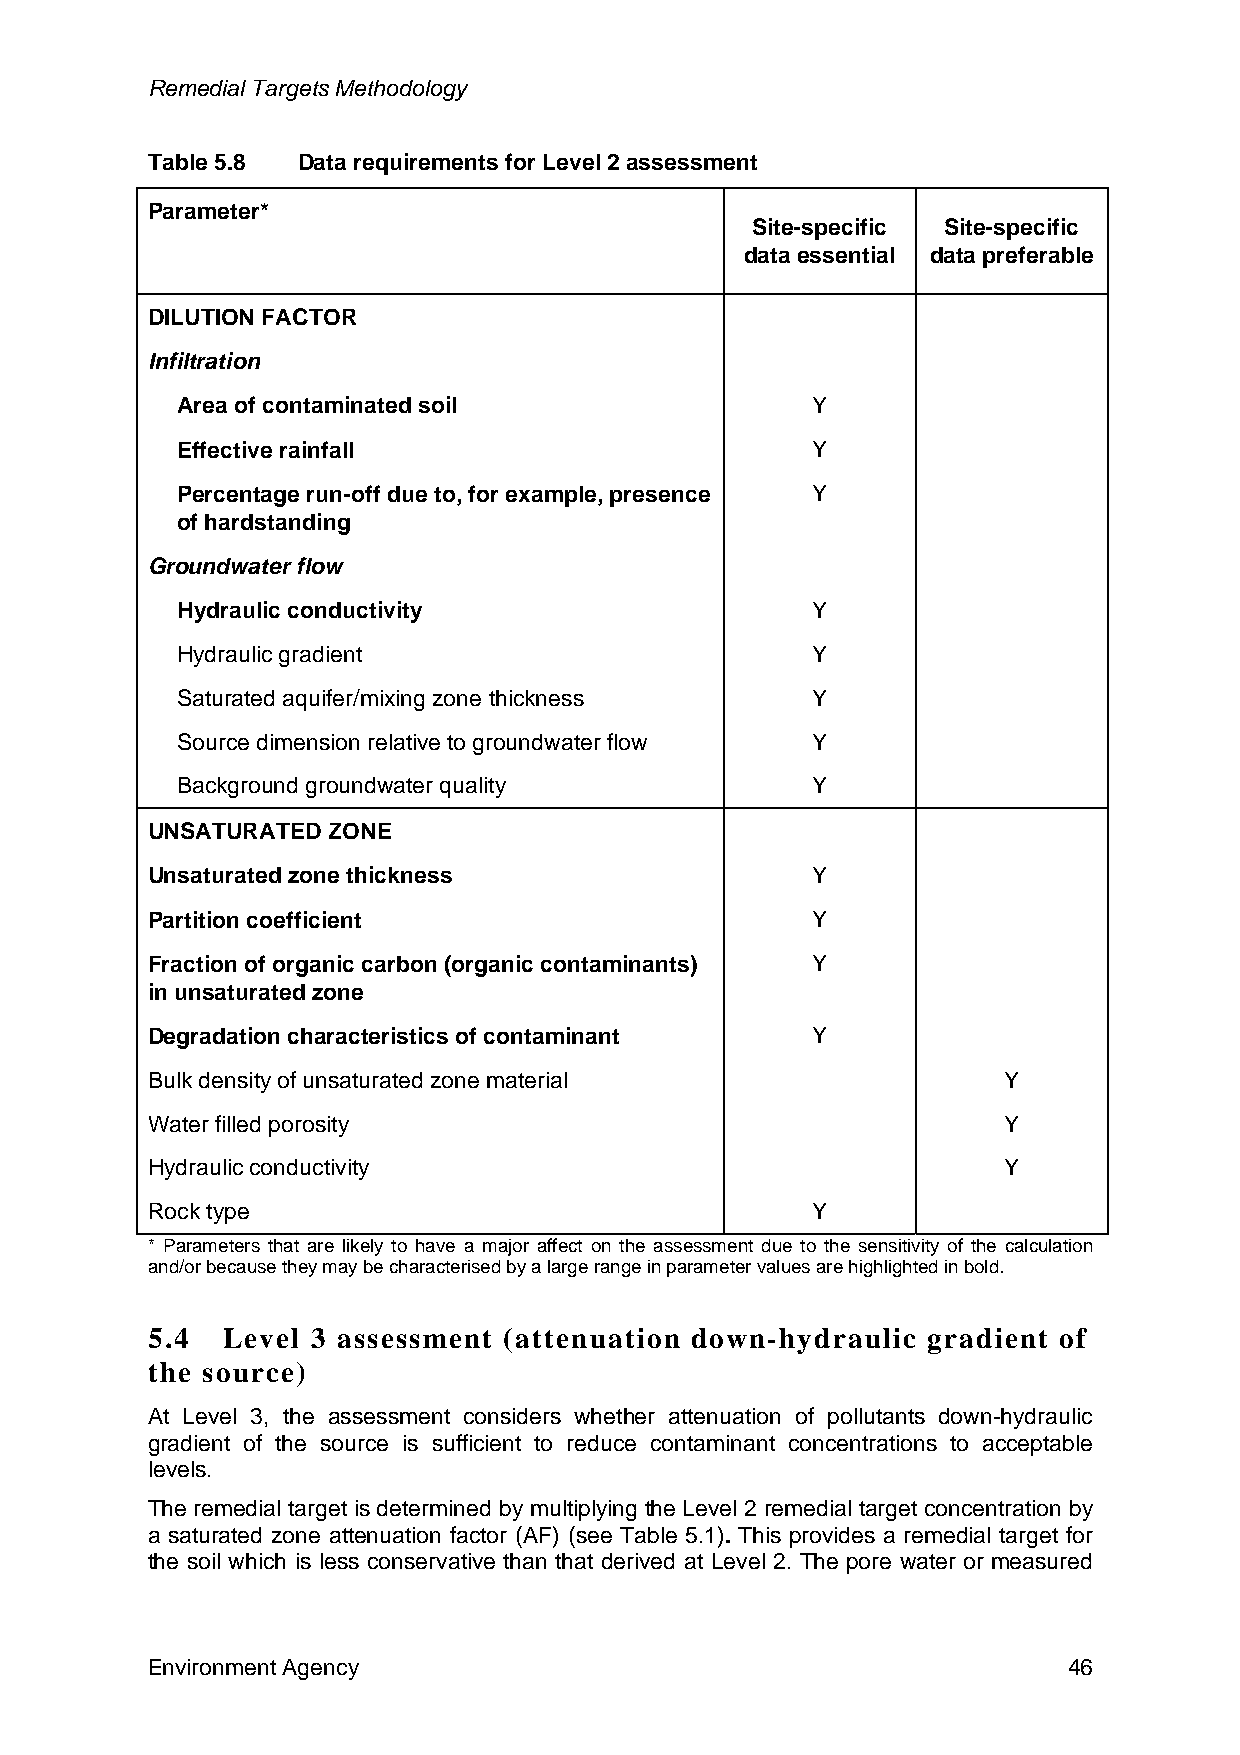
Remedial Targets Methodology
 Table 5.8 Data requirements for Level 2 assessment
 Parameter*
 Site-specific Site-specific
 data essential data preferable
 DILUTION FACTOR
 Infiltration
 Area of contaminated soil                 Y
 Effective rainfall                        Y
 Percentage run-off due to, for example, presence Y
 of hardstanding
 Groundwater flow
 Hydraulic conductivity                    Y
 Hydraulic gradient                        Y
 Saturated aquifer/mixing zone thickness   Y
 Source dimension relative to groundwater flow Y
 Background groundwater quality            Y
 UNSATURATED ZONE
 Unsaturated zone thickness                  Y
 Partition coefficient                       Y
 Fraction of organic carbon (organic contaminants) Y
 in unsaturated zone
 Degradation characteristics of contaminant  Y
 Bulk density of unsaturated zone material               Y
 Water filled porosity                                   Y
 Hydraulic conductivity                                  Y
 Rock type                                   Y
 * Parameters that are likely to have a major affect on the assessment due to the sensitivity of the calculation
 and/or because they may be characterised by a large range in parameter values are highlighted in bold.
 5.4  Level 3 assessment (attenuation down-hydraulic gradient of
 the source)
 At Level 3, the assessment considers whether attenuation of pollutants down-hydraulic
 gradient of the source is sufficient to reduce contaminant concentrations to acceptable
 levels.
 The remedial target is determined by multiplying the Level 2 remedial target concentration by
 a saturated zone attenuation factor (AF) (see Table 5.1). This provides a remedial target for
 the soil which is less conservative than that derived at Level 2. The pore water or measured
 Environment Agency                                           46